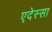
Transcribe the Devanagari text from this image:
एदेस्सा